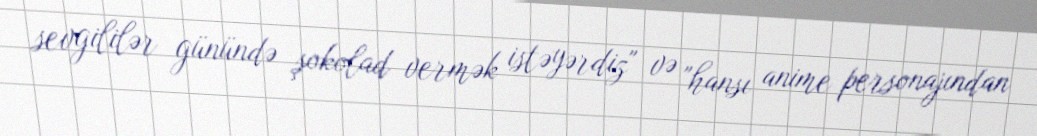
sevgililər günündə şokolad vermək istəyərdiz" və "hansı anime personajından